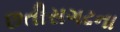
છતીસગઢના